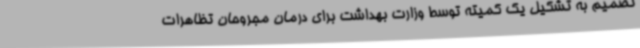
تصمیم به تشکیل یک کمیته توسط وزارت بهداشت برای درمان مجروحان تظاهرات